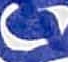
Text: 4